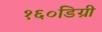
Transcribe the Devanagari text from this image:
१६०डिग्री